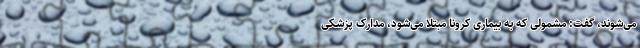
می‌شوند، گفت: مشمولی که به بیماری کرونا مبتلا می‌شود، مدارک پزشکی